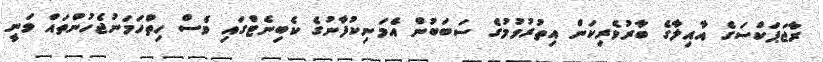
ރާޖަޕަކްސަގެ އާއިލާގެ ބާރުވެރިކަން އިތުރުވުމުގެ ސަބަބުން އެމަނިކުފާނުގެ ކެބިނެޓްގައި ވެސް ހިތްހަމަނުޖެހުންތައް ވަނީ